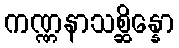
ကဏ္ဏနာသစ္ဆိန္နော